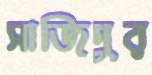
সাজিদুর